Lunatic asylums Central Provinces reports 1874-1885 - 1874-1885
Year: 1874
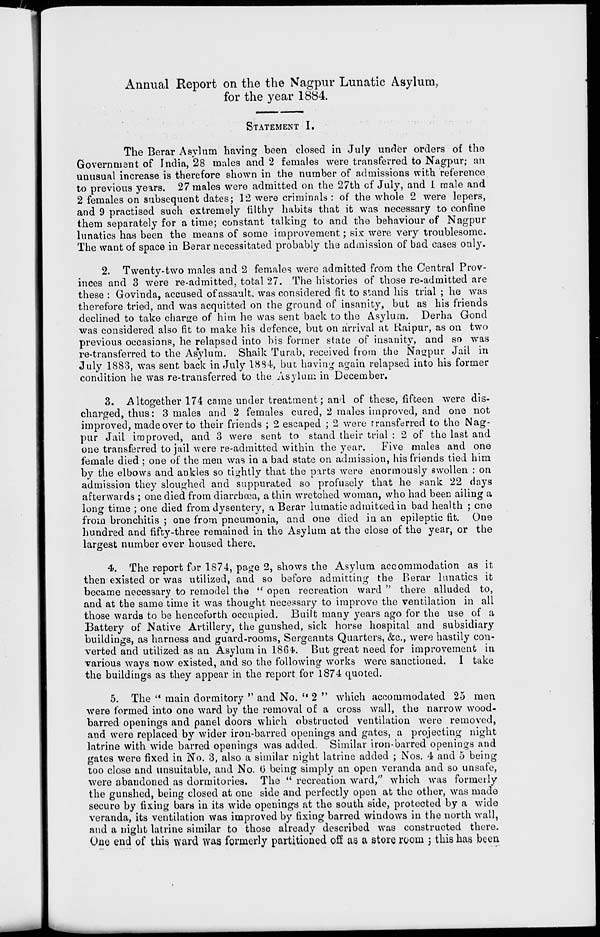
Annual Report on the the Nagpur Lunatic Asylum,
for the year 1884.
STATEMENT I.
The Berar Asylum having been closed in July under orders of the
Government of India, 28 males and 2 females were transferred to Nagpur; an
unusual increase is therefore shown in the number of admissions with reference
to previous years. 27 males were admitted on the 27th of July, and 1 male and
2 females on subsequent dates; 12 were criminals : of the whole 2 were lepers,
and 9 practised such extremely filthy habits that it was necessary to confine
them separately for a time; constant talking to and the behaviour of Nagpur
lunatics has been the means of some improvement; six were very troublesome.
The want of space in Berar necessitated probably the admission of bad cases only.
2. Twenty-two males and 2 females were admitted from the Central Prov-
inces and 3 were re-admitted, total 27. The histories of those re-admitted are
these : Govinda, accused of assault, was considered fit to stand his trial ; he was
therefore tried, and was acquitted on the ground of insanity, but as his friends
declined to take charge of him he was sent back to the Asylum. Derha Gond
was considered also fit to make his defence, but on arrival at Raipur, as on two
previous occasions, he relapsed into his former state of insanity, and so was
re-transferred to the Asylum. Shaik Turab, received from the Nagpur Jail in
July 1883, was sent back in July 1884, but having again relapsed into his former
condition he was re-transferred to the Asylum in December.
3. Altogether 174 came under treatment; and of these, fifteen were dis-
charged, thus: 3 males and 2 females cured, 2 males improved, and one not
improved, made over to their friends ; 2 escaped ; 2 were transferred to the Nag-
pur Jail improved, and 3 were sent to stand their trial : 2 of the last and
one transferred to jail were re-admitted within the year.
Five males and one
female died ; one of the men was in a bad state on admission, his friends tied him
by the elbows and ankles so tightly that the parts were enormously swollen : on
admission they sloughed and suppurated so profusely that he sank 22 days
afterwards ; one died from diarrhœa, a thin wretched woman, who had been ailing a
long time ; one died from dysentery, a Berar lumatic admitted in bad health ; one
from bronchitis ; one from pneumonia, and one died in an epileptic fit. One
hundred and fifty-three remained in the Asylum at the close of the year, or the
largest number ever housed there.
4. The report for 1874, page 2, shows the Asylum accommodation as it
then existed or was utilized, and so before admitting the Berar lunatics it
became necessary to remodel the " open recreation ward " there alluded to,
and at the same time it was thought necessary to improve the ventilation in all
those wards to be henceforth occupied. Built many years ago for the use of a
Battery of Native Artillery, the gunshed, sick horse hospital and subsidiary
buildings, as harness and guard-rooms, Sergeants Quarters, &c., were hastily con-
verted and utilized as an Asylum in 1864. But great need for improvement in
various ways now existed, and so the following works were sanctioned. I take
the buildings as they appear in the report for 1874 quoted.
5. The " main dormitory " and No. " 2 " which accommodated 25 men
were formed into one ward by the removal of a cross wall, the narrow wood-
barred openings and panel doors which obstructed ventilation were removed,
and were replaced by wider iron-barred openings and gates, a projecting night
latrine with wide barred openings was added. Similar iron-barred openings and
gates were fixed in No. 3, also a similar night latrine added ; Nos. 4 and 5 being
too close and unsuitable, and No. 6 being simply an open veranda and so unsafe,
were abandoned as dormitories. The " recreation ward," which was formerly
the gunshed, being closed at one side and perfectly open at the other, was made
secure by fixing bars in its wide openings at the south side, protected by a wide
veranda, its ventilation was improved by fixing barred windows in the north wall,
and a night latrine similar to those already described was constructed there.
One end of this ward was formerly partitioned off as a store room ; this has been